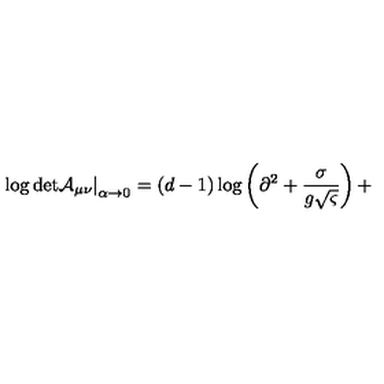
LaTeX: \left. \mathrm { \log \det } \mathcal { A } _ { \mu \nu } \right| _ { \alpha \rightarrow 0 } = ( d - 1 ) \log \left( \partial ^ { 2 } + \frac { \sigma } { g \sqrt { \varsigma } } \right) +